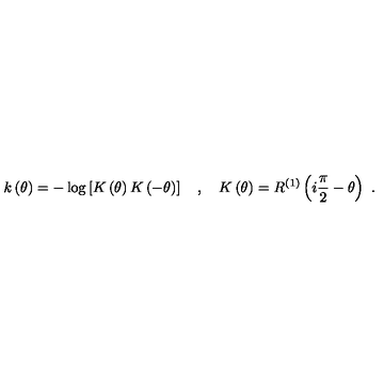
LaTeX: k \left( \theta \right) = - \log \left[ K \left( \theta \right) K \left( - \theta \right) \right] \quad , \quad K \left( \theta \right) = R ^ { ( 1 ) } \left( i \frac { \pi } { 2 } - \theta \right) \ .